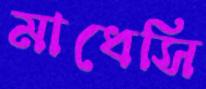
মাধেসি